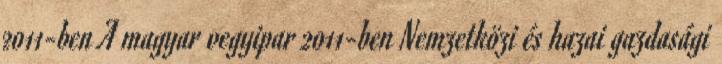
2011-ben A magyar vegyipar 2011-ben Nemzetközi és hazai gazdasági